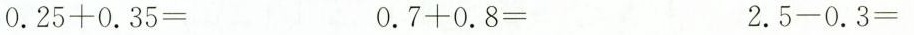
$$0.25+0.35=$$ $$0.7+0.8=$$ $$2.5-0.3=$$